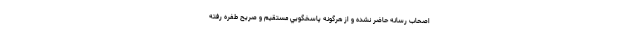
اصحاب رسانه حاضر نشده و از هرگونه پاسخگويي مستقيم و صريح طفره رفته